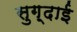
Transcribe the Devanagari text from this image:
सुग़्दाई